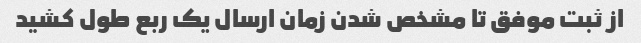
از ثبت موفق تا مشخص شدن زمان ارسال یک ربع طول کشید